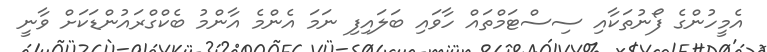
އެމީހުންގެ ފޯނުތަކާއި ސިސްޓަމްތައް ހާވައި ބަލައިފި ނަމަ އެންމެ އާންމު ބެކްގްރައުންޑަކަށް ވާނީ